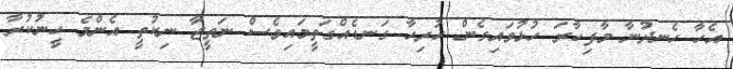
އެހާ ހެނދުނާ މާފިހާރަ ހުޅުވައިގެން ހުރިހާ ގަނޑެއްގަތީމައިވެސް ނަތީޖާ ނިކުތީ އެންމެ ހީނުކުރާ